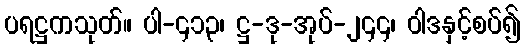
ပရဋ္ဌကသုတ်။ ပါ-၄၁၃၊ ဋ္ဌ-ဒု-အုပ်-၂၄၄၊ ဝါဒနှင့်စပ်၍